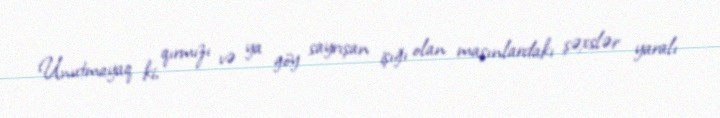
Unutmayaq ki, qırmızı və ya göy sayrışan işığı olan maşınlardakı şəxslər yaralı